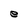
Character: e